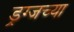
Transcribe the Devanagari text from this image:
ड्रग्जच्या